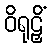
ဝိရုဠှိံ